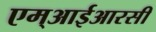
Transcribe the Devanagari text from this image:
एम्आईआरसी